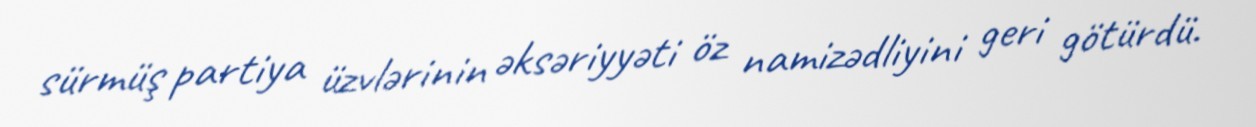
sürmüş partiya üzvlərinin əksəriyyəti öz namizədliyini geri götürdü.